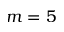
m = 5